Indian journal of veterinary science and animal husbandry - Volumes 22-23, 1952-1953
Year: 1952
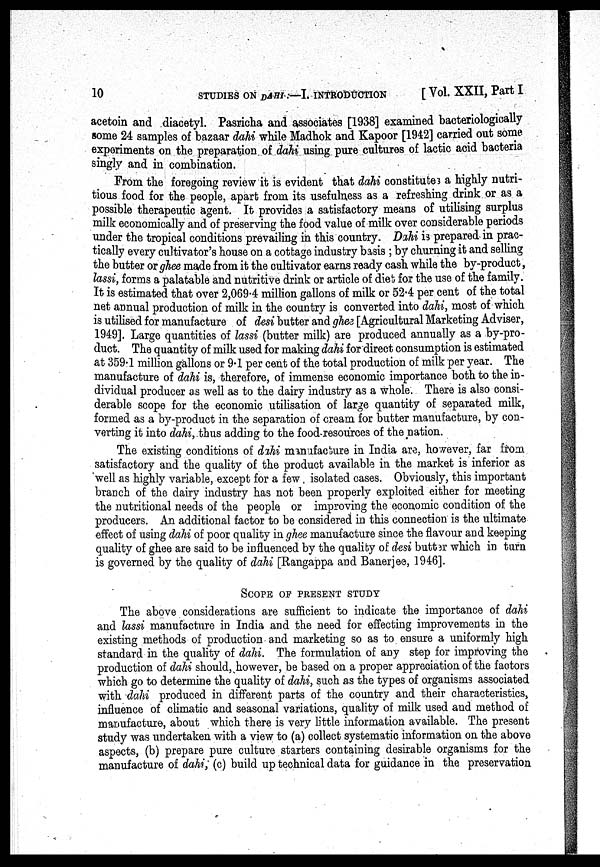
10 STUDIES ON DAHI .—I. INTRODUCTION [ Vol. XXII, Part I
acetoin and diacetyl. Pasricha and associates [1938] examined bacteriologically
some 24 samples of bazaar dahi while Madhok and Kapoor [1942] carried out some
experiments on the preparation of dahi using pure cultures of lactic acid bacteria
singly and in combination.
From the foregoing review it is evident that dahi constitutes a highly nutri-
tious food for the people, apart from its usefulness as a refreshing drink or as a
possible therapeutic agent. It provides a satisfactory means of utilising surplus
milk economically and of preserving the food value of milk over considerable periods
under the tropical conditions prevailing in this country. Dahi is prepared in prac-
tically every cultivator's house on a cottage industry basis ; by churning it and selling
the butter or ghee made from it the cultivator earns ready cash while the by-product,
lassi, forms a palatable and nutritive drink or article of diet for the use of the family.
It is estimated that over 2,069.4 million gallons of milk or 52.4 per cent of the total
net annual production of milk in the country is converted into dahi, most of which
is utilised for manufacture of desi butter and ghee [Agricultural Marketing Adviser,
1949]. Large quantities of lassi (butter milk) are produced annually as a by-pro-
duct. The quantity of milk used for making dahi for direct consumption is estimated
at 359.1 million gallons or 9.1 per cent of the total production of milk per year. The
manufacture of dahi is, therefore, of immense economic importance both to the in-
dividual producer as well as to the dairy industry as a whole. There is also consi-
derable scope for the economic utilisation of large quantity of separated milk,
formed as a by-product in the separation of cream for butter manufacture, by con-
verting it into dahi, thus adding to the food resources of the nation.
The existing conditions of dihi manufacture in India are, however, far from
satisfactory and the quality of the product available in the market is inferior as
well as highly variable, except for a few isolated cases. Obviously, this important
branch of the dairy industry has not been properly exploited either for meeting
the nutritional needs of the people or improving the economic condition of the
producers. An additional factor to be considered in this connection is the ultimate
effect of using dahi of poor quality in ghee manufacture since the flavour and keeping
quality of ghee are said to be influenced by the quality of desi butter which in tarn
is governed by the quality of dahi [Rangappa and Banerjee, 1946].
SCOPE OF PRESENT STUDY
The above considerations are sufficient to indicate the importance of dahi
and lassi manufacture in India and the need for effecting improvements in the
existing methods of production and marketing so as to ensure a uniformly high
standard in the quality of dahi. The formulation of any step for improving the
production of dahi should, however, be based on a proper appreciation of the factors
which go to determine the quality of dahi, such as the types of organisms associated
with dahi produced in different parts of the country and their characteristics,
influence of climatic and seasonal variations, quality of milk used and method of
manufacture, about which there is very little information available. The present
study was undertaken with a view to (a) collect systematic information on the above
aspects, (b) prepare pure culture starters containing desirable organisms for the
manufacture of dahi; (c) build up technical data for guidance in the preservation